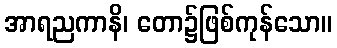
အာရညကာနိ၊ တော၌ဖြစ်ကုန်သော။